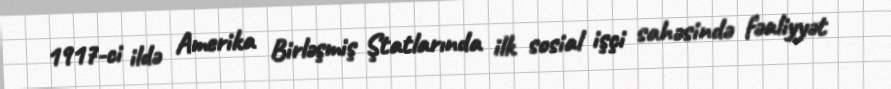
1917-ci ildə Amerika Birləşmiş Ştatlarında ilk sosial işçi sahəsində fəaliyyət